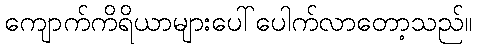
ကျောက်ကိရိယာများပေါ်ပေါက်လာတော့သည်။